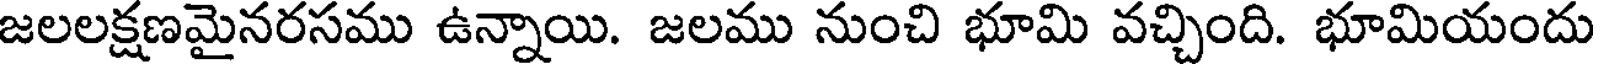
జలలక్షణమైనరసము ఉన్నాయి. జలము నుంచి భూమి వచ్చింది. భూమియందు